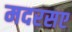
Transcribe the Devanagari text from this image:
मदरसए